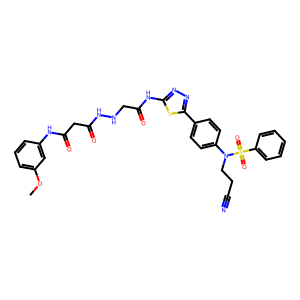
SMILES: COc1cccc(NC(=O)CC(=O)NNCC(=O)Nc2nnc(-c3ccc(N(CCC#N)S(=O)(=O)c4ccccc4)cc3)s2)c1
Inhibits HIV replication: No